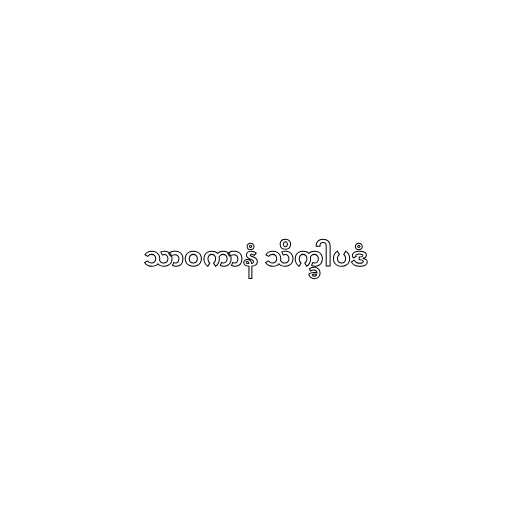
သာဝကာနံ သိက္ခါပဒံ